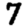
Digit: 7